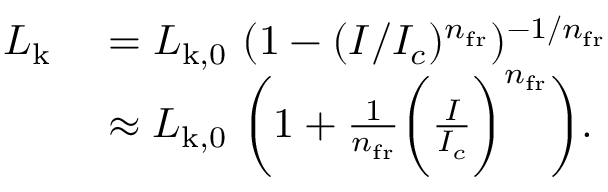
\begin{array} { r l } { L _ { \mathrm { k } } } & { ~ = L _ { \mathrm { k , 0 } } ~ ( 1 - ( I / I _ { c } ) ^ { n _ { \mathrm { f r } } } ) ^ { - 1 / { n _ { \mathrm { f r } } } } } \\ & { ~ \approx L _ { \mathrm { k , 0 } } ~ \bigg ( 1 + \frac { 1 } { n _ { \mathrm { f r } } } \bigg ( \frac { I } { I _ { c } } \bigg ) ^ { n _ { \mathrm { f r } } } \bigg ) . } \end{array}